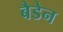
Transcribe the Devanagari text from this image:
बैडेन